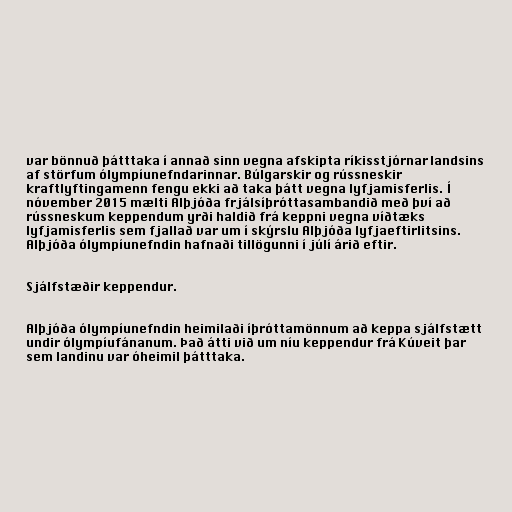
var bönnuð þátttaka í annað sinn vegna afskipta ríkisstjórnar landsins
af störfum ólympíunefndarinnar. Búlgarskir og rússneskir
kraftlyftingamenn fengu ekki að taka þátt vegna lyfjamisferlis. Í
nóvember 2015 mælti Alþjóða frjálsíþróttasambandið með því að
rússneskum keppendum yrði haldið frá keppni vegna víðtæks
lyfjamisferlis sem fjallað var um í skýrslu Alþjóða lyfjaeftirlitsins.
Alþjóða ólympíunefndin hafnaði tillögunni í júlí árið eftir.

Sjálfstæðir keppendur.

Alþjóða ólympíunefndin heimilaði íþróttamönnum að keppa sjálfstætt
undir ólympíufánanum. Það átti við um níu keppendur frá Kúveit þar
sem landinu var óheimil þátttaka.